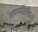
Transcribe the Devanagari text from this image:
गणपतिवंदना